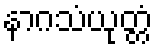
နာဂသံယုတ္တံ